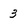
Character: 3